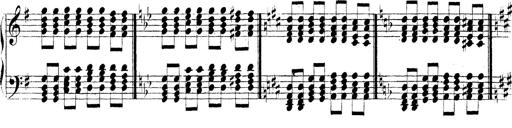
Title: Technische Studien
Composer: Franz Liszt